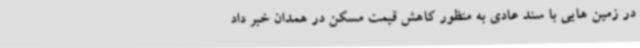
در زمین هایی با سند عادی به منظور کاهش قیمت مسکن در همدان خبر داد